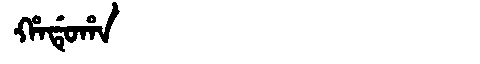
Manchu: ᡥᠠᡩᡠᡥᠠ
Romanization: HADUHA